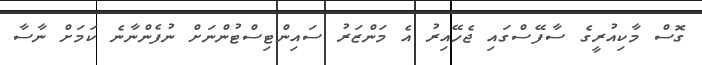
ގޮސް މާކިއުރީގެ ސާފޭސްގައި ޖެހޭއިރުު އެ މަންޒަރު ސައިންޓިސްޓުންނަށް ނުފެންނާނެ ކަމަށް ނާސާ